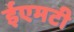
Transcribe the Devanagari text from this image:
ईएमटी